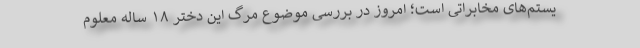
یستم‌های مخابراتی است؛ امروز در بررسی موضوع مرگ این دختر ۱۸ ساله معلوم